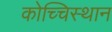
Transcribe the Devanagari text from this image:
कोच्चिस्थान